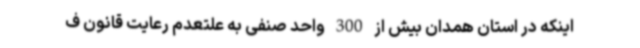
اینکه در استان همدان بیش از 300 واحد صنفی به علتعدم رعایت قانون ف